Juuru_vallavalitsus, lk 9
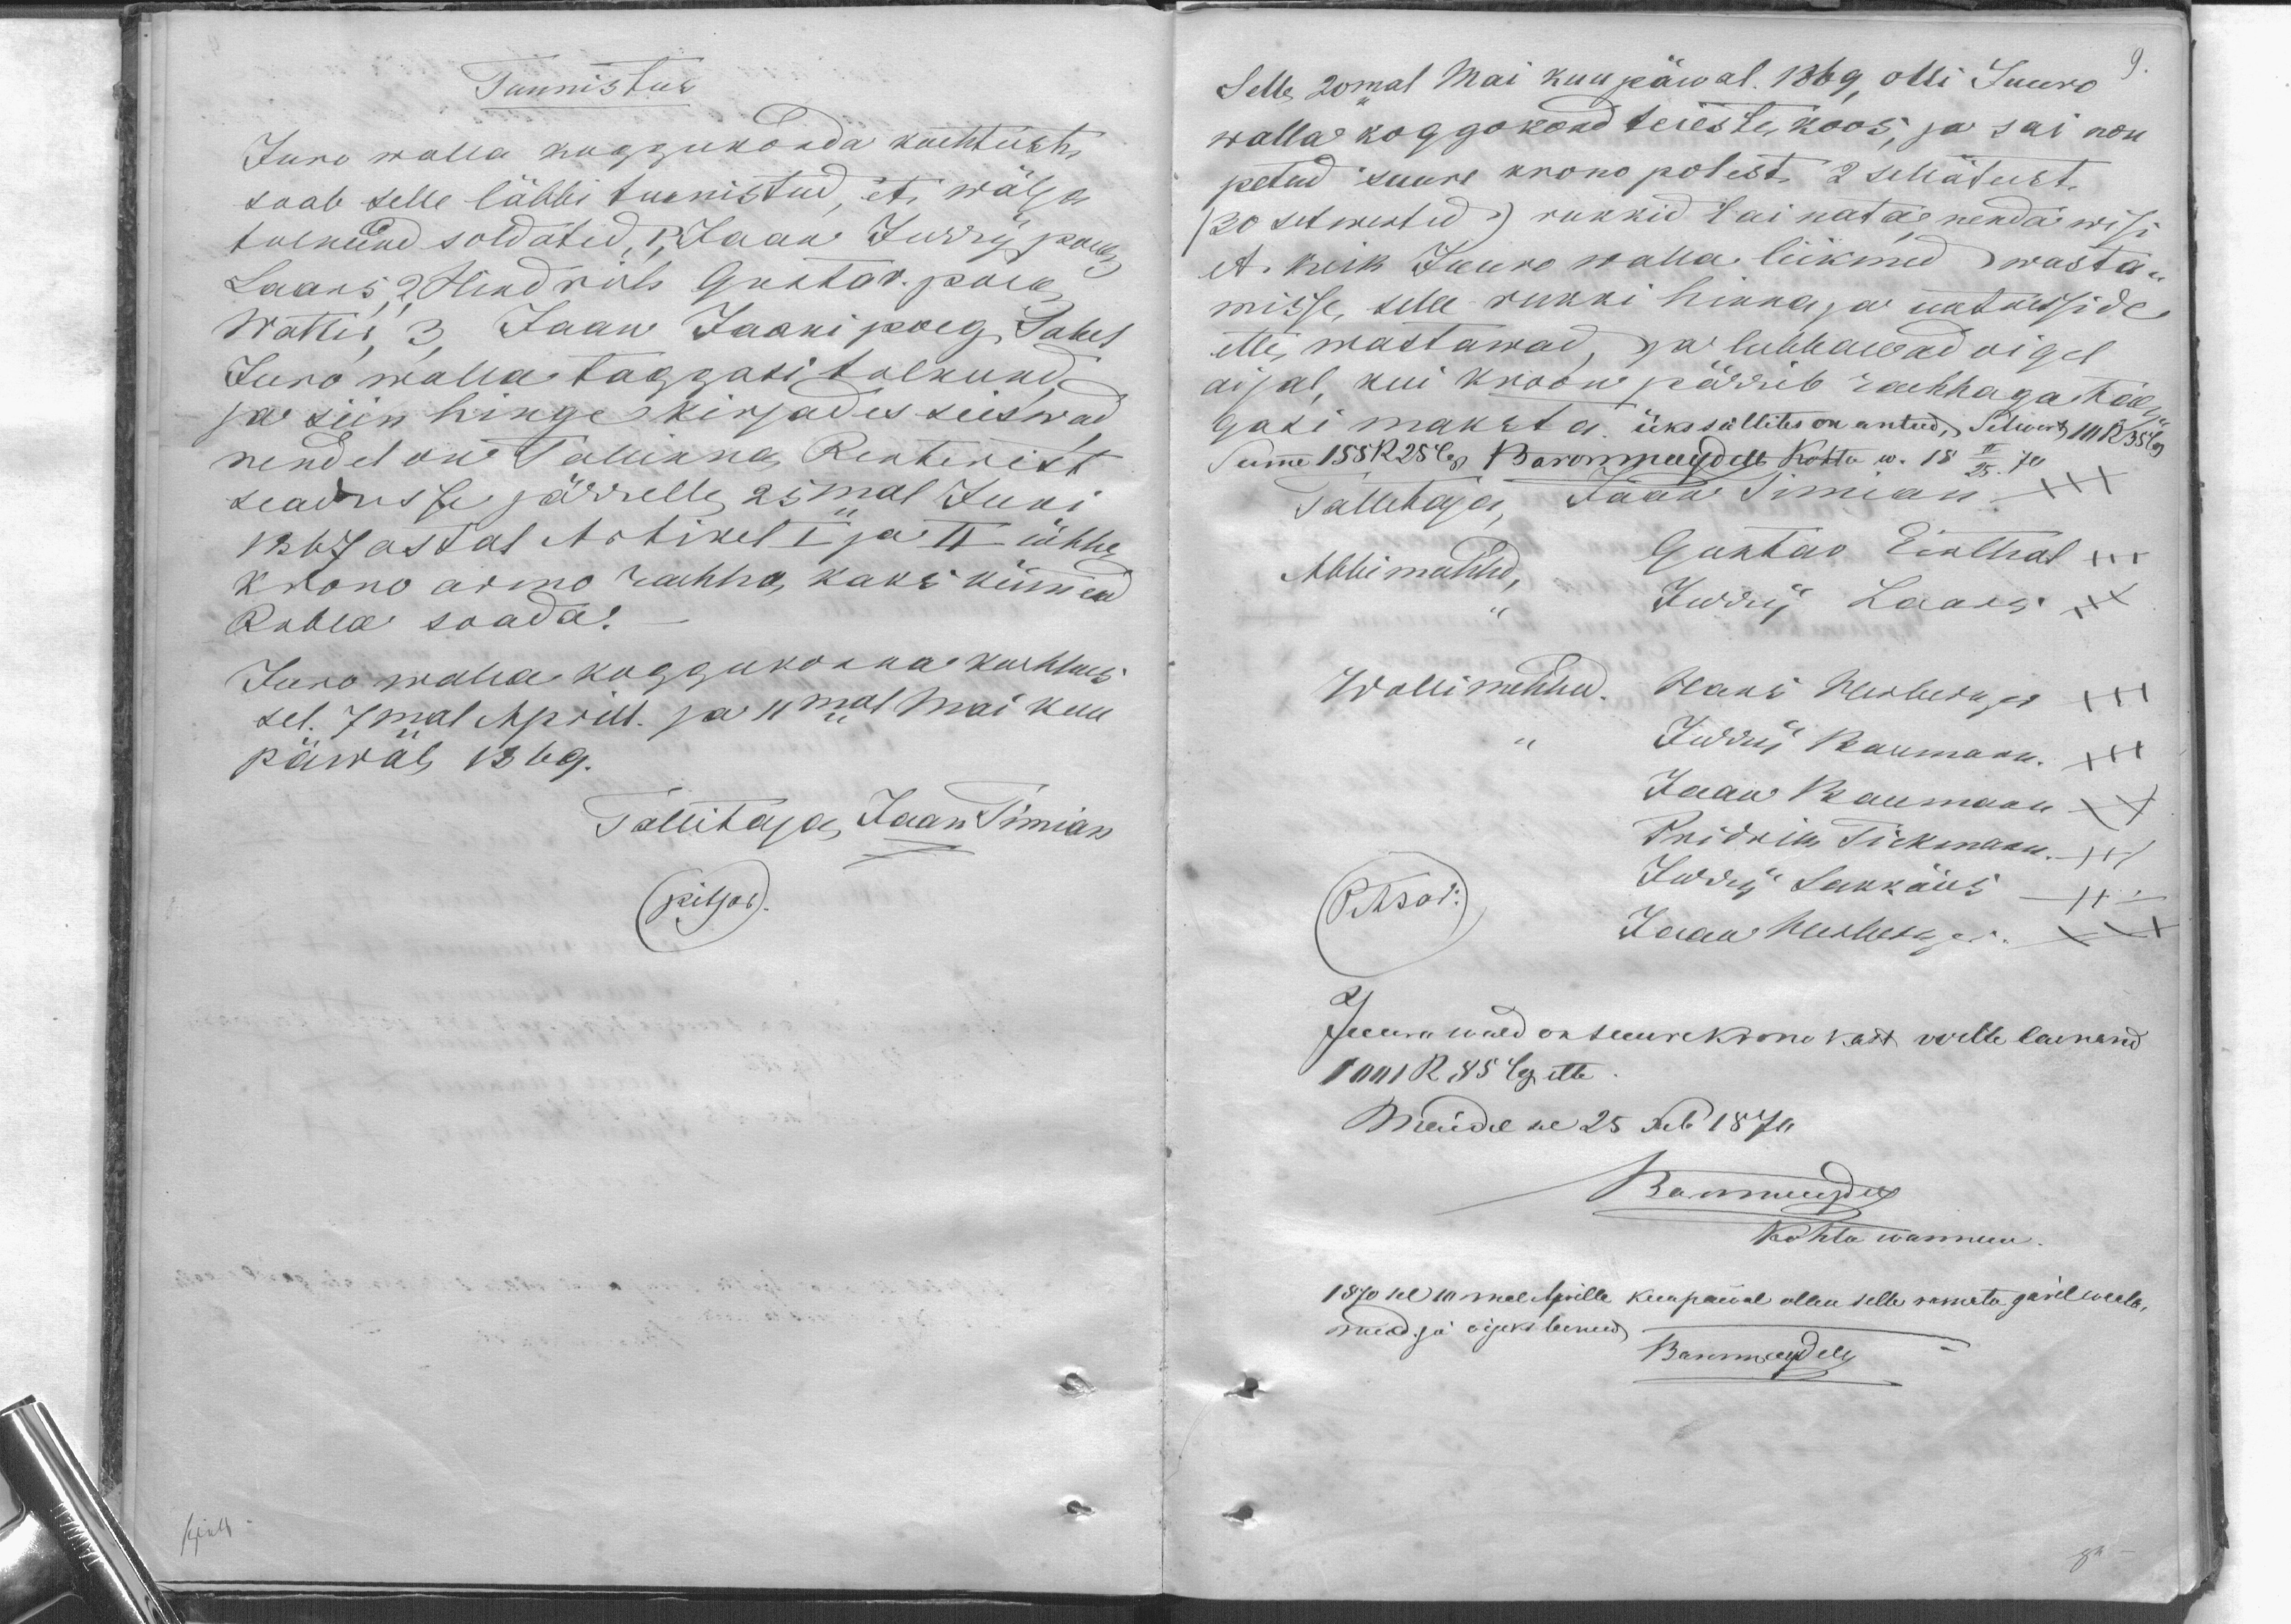
Tunnistus
Juro walla koggukonda kachtushi
saab selle läbbi tunnistud, et wälja
tulnud soldatid, P. Jaan Jurry poeg
Laars, 2, Hindrik Gustav. poeg
Wattis, 3, Jaan Jaani poeg Sakes
Juro walla taggasi talkund
ja siin hinge kirjades seiswad
nendel on Tallinna Renterist
seadusse järrelle 25mal Juni
1867 astal Artikel I ja II ühhe
krono armo rahha, kaks kümend
Rubla saada.-
Juro walla koggukonna kouhhus.
sel. 7mal Aprill. ja 11mal mai kuu
päwal 1869.
Tallitaja, Jaan Timian
(pitsat).

9.
Selle 20mal Mai kuu päwal 1869, olli Juuru
walla koggokond teieste koos, ja sai nou
petud suure krono polest, 2 sellätust.
(30 setmustud ) rukkid sai kata nenda wisi
et keik Juuro walla liikmed wasta-
misse selle rukki hinna ja intresside
ette, wastawad, ja lubbawad oigel
aijal, kui kroon pärrib raehhaga taeg-
gasi maksta. üks süllites on antud. Selwers III R 35 lg
Summe 155R25 lgs. Baronvoneudels kohtu w. 18 II/25. 70
Tallitaja Jaan Timian +++
Abbi mehhedd +++
Gustav Einthal +++
Jurry Laars +++
Wollimehhed. Hans Herberger +++
Jurry Baumann. XXX
Jaan Baumann XXX
Pridrik Tiekmann. +++
Pitsat:
Judu Sakkäus +++
Jaan Herberger XXX
Seemned on suurekrono kast vertte laenand
1001 R 85 Leg ette.
Muidu se 25 Feb 1870
Baronneusdey
Kohto wannem
1870sel 10mal Aprille kuupäeval ollu selle ramato järelwaata-
nud ja oigeks loenud.
Bannaudele